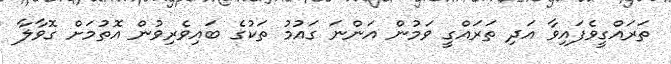
ތަރައްގީވެފައިވާ އަދި ތަރައްގީ ވަމުން އަންނަ ގައުމު ތަކުގެ ބައިވެރިވުން އޮތުމަށް ގޮވާލާ